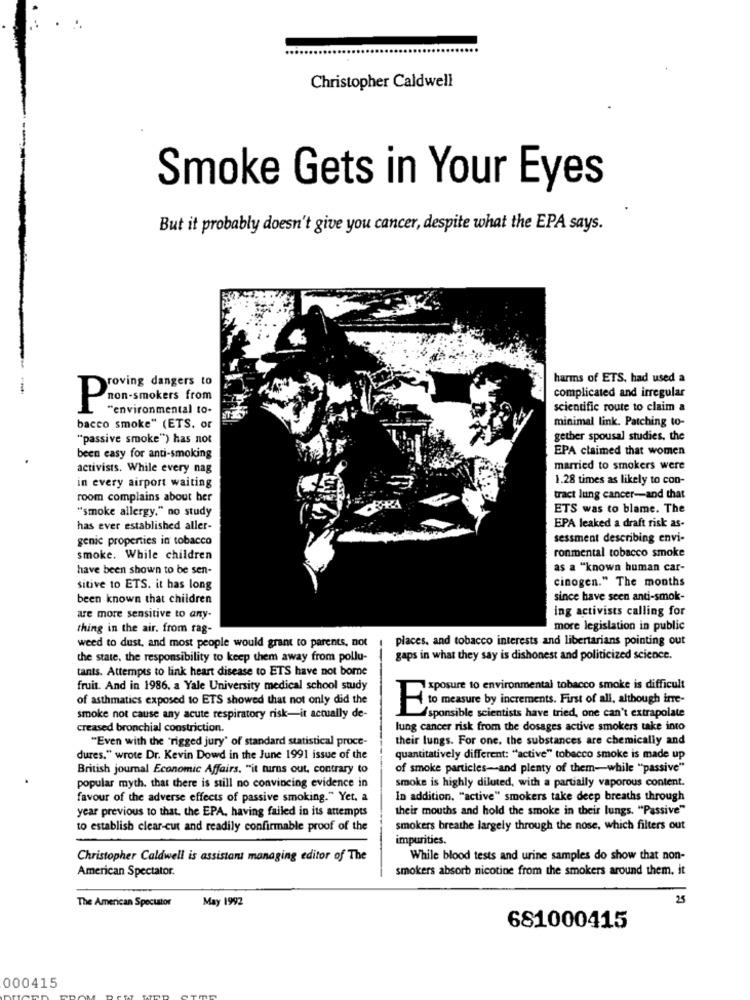
Christopher Caldwell
Smoke Gets in Your Eyes
But it probably doesn't give you cancer, despite what the EPA says.
roving dangers to
harms of ETS, had used a
complicated and irregular
Pron-smokers from
"environmental to-
scientific route to claim a
minimal link. Patching to-
bacco smoke" (ETS, or
"passive smoke") has not
gether spousal studies, the
EPA claimed that women
been easy for anti-smoking
activists. While every nag
married to smokers were
in every airport waiting
1.28 times as likely to con-
room complains about her
tract lung cancer-and that
"smoke allergy." no study
ETS was to blame. The
has ever established aller-
EPA leaked a draft risk as-
genic properties in tobacco
sessment describing envi-
ronmental tobacco smoke
smoke. While children
have been shown to be sen-
as a "known human car-
cinogen." The months
sitive to ETS. it has long
been known that children
since have seen anti-smok-
ing activists calling for
are more sensitive to any.
thing in the air. from rag-
more legislation in public
weed to dust, and most people would grant to parents, not
places, and tobacco interests and libertarians pointing out
the state, the responsibility to keep them away from pollu-
gaps in what they say is dishonest and politicized science.
tants. Attempts to link heart disease to ETS have not borne
fruit. And in 1986. a Yale University medical school study
1xposure to environmental tobacco smoke is difficult
of asthmatics exposed to ETS showed that not only did the
to measure by increments. First of all, although ime-
smoke not cause any acute respiratory risk-it actually de-
(sponsible scientists have tried, one can't extrapolate
creased bronchial constriction.
lung cancer risk from the dosages active smokers take into
"Even with the 'rigged jury' of standard statistical proce-
their lungs. For one. the substances are chemically and
dures." wrote Dr. Kevin Dowd in the June 1991 issue of the
quantitatively different: "active" tobacco smoke is made up
British journal Economic Affairs, "it turns out, contrary to
of smoke particles-and plenty of them-while "passive"
popular myth. that there is still no convincing evidence in
smoke is highly diluted, with a partially vaporous content.
favour of the adverse effects of passive smoking." Yet. a
In addition, "active" smokers take deep breaths through
year previous to that. the EPA, having failed in its attempts
their mouths and hold the smoke in their lungs. "Passive"
to establish clear-cut and readily confirmable proof of the
smokers breathe largely through the nose, which filters out
impurities.
Christopher Caldwell is assistant managing editor of The
While blood tests and urine samples do show that non-
smokers absorb nicotine from the smokers around them. it
American Spectator.
May 1992
25
The American Spectator
681000415
000415